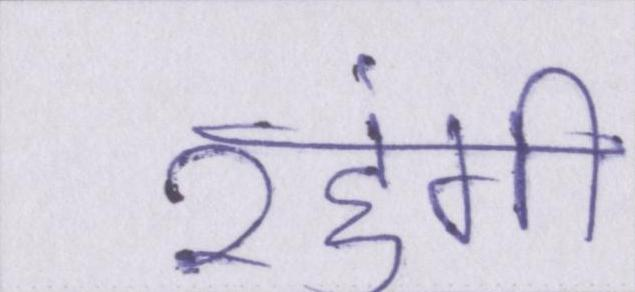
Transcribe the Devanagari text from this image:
रहुंगी